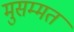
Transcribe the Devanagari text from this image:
मुसम्मत